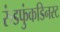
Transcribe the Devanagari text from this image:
रुंडफुंकडिनस्ट